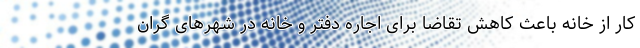
کار از خانه باعث کاهش تقاضا برای اجاره دفتر و خانه در شهرهای گران